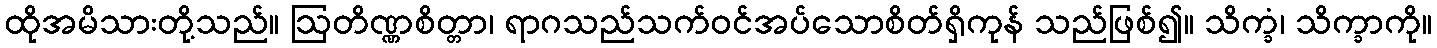
ထိုအမိသားတို့သည်။ ဩတိဏ္ဏစိတ္တာ၊ ရာဂသည်သက်ဝင်အပ်သောစိတ်ရှိကုန် သည်ဖြစ်၍။ သိက္ခံ၊ သိက္ခာကို။